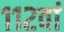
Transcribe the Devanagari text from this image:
११२वां